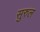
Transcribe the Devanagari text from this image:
सुरुल